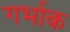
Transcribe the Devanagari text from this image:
गर्भाक